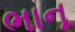
ભાનૂ